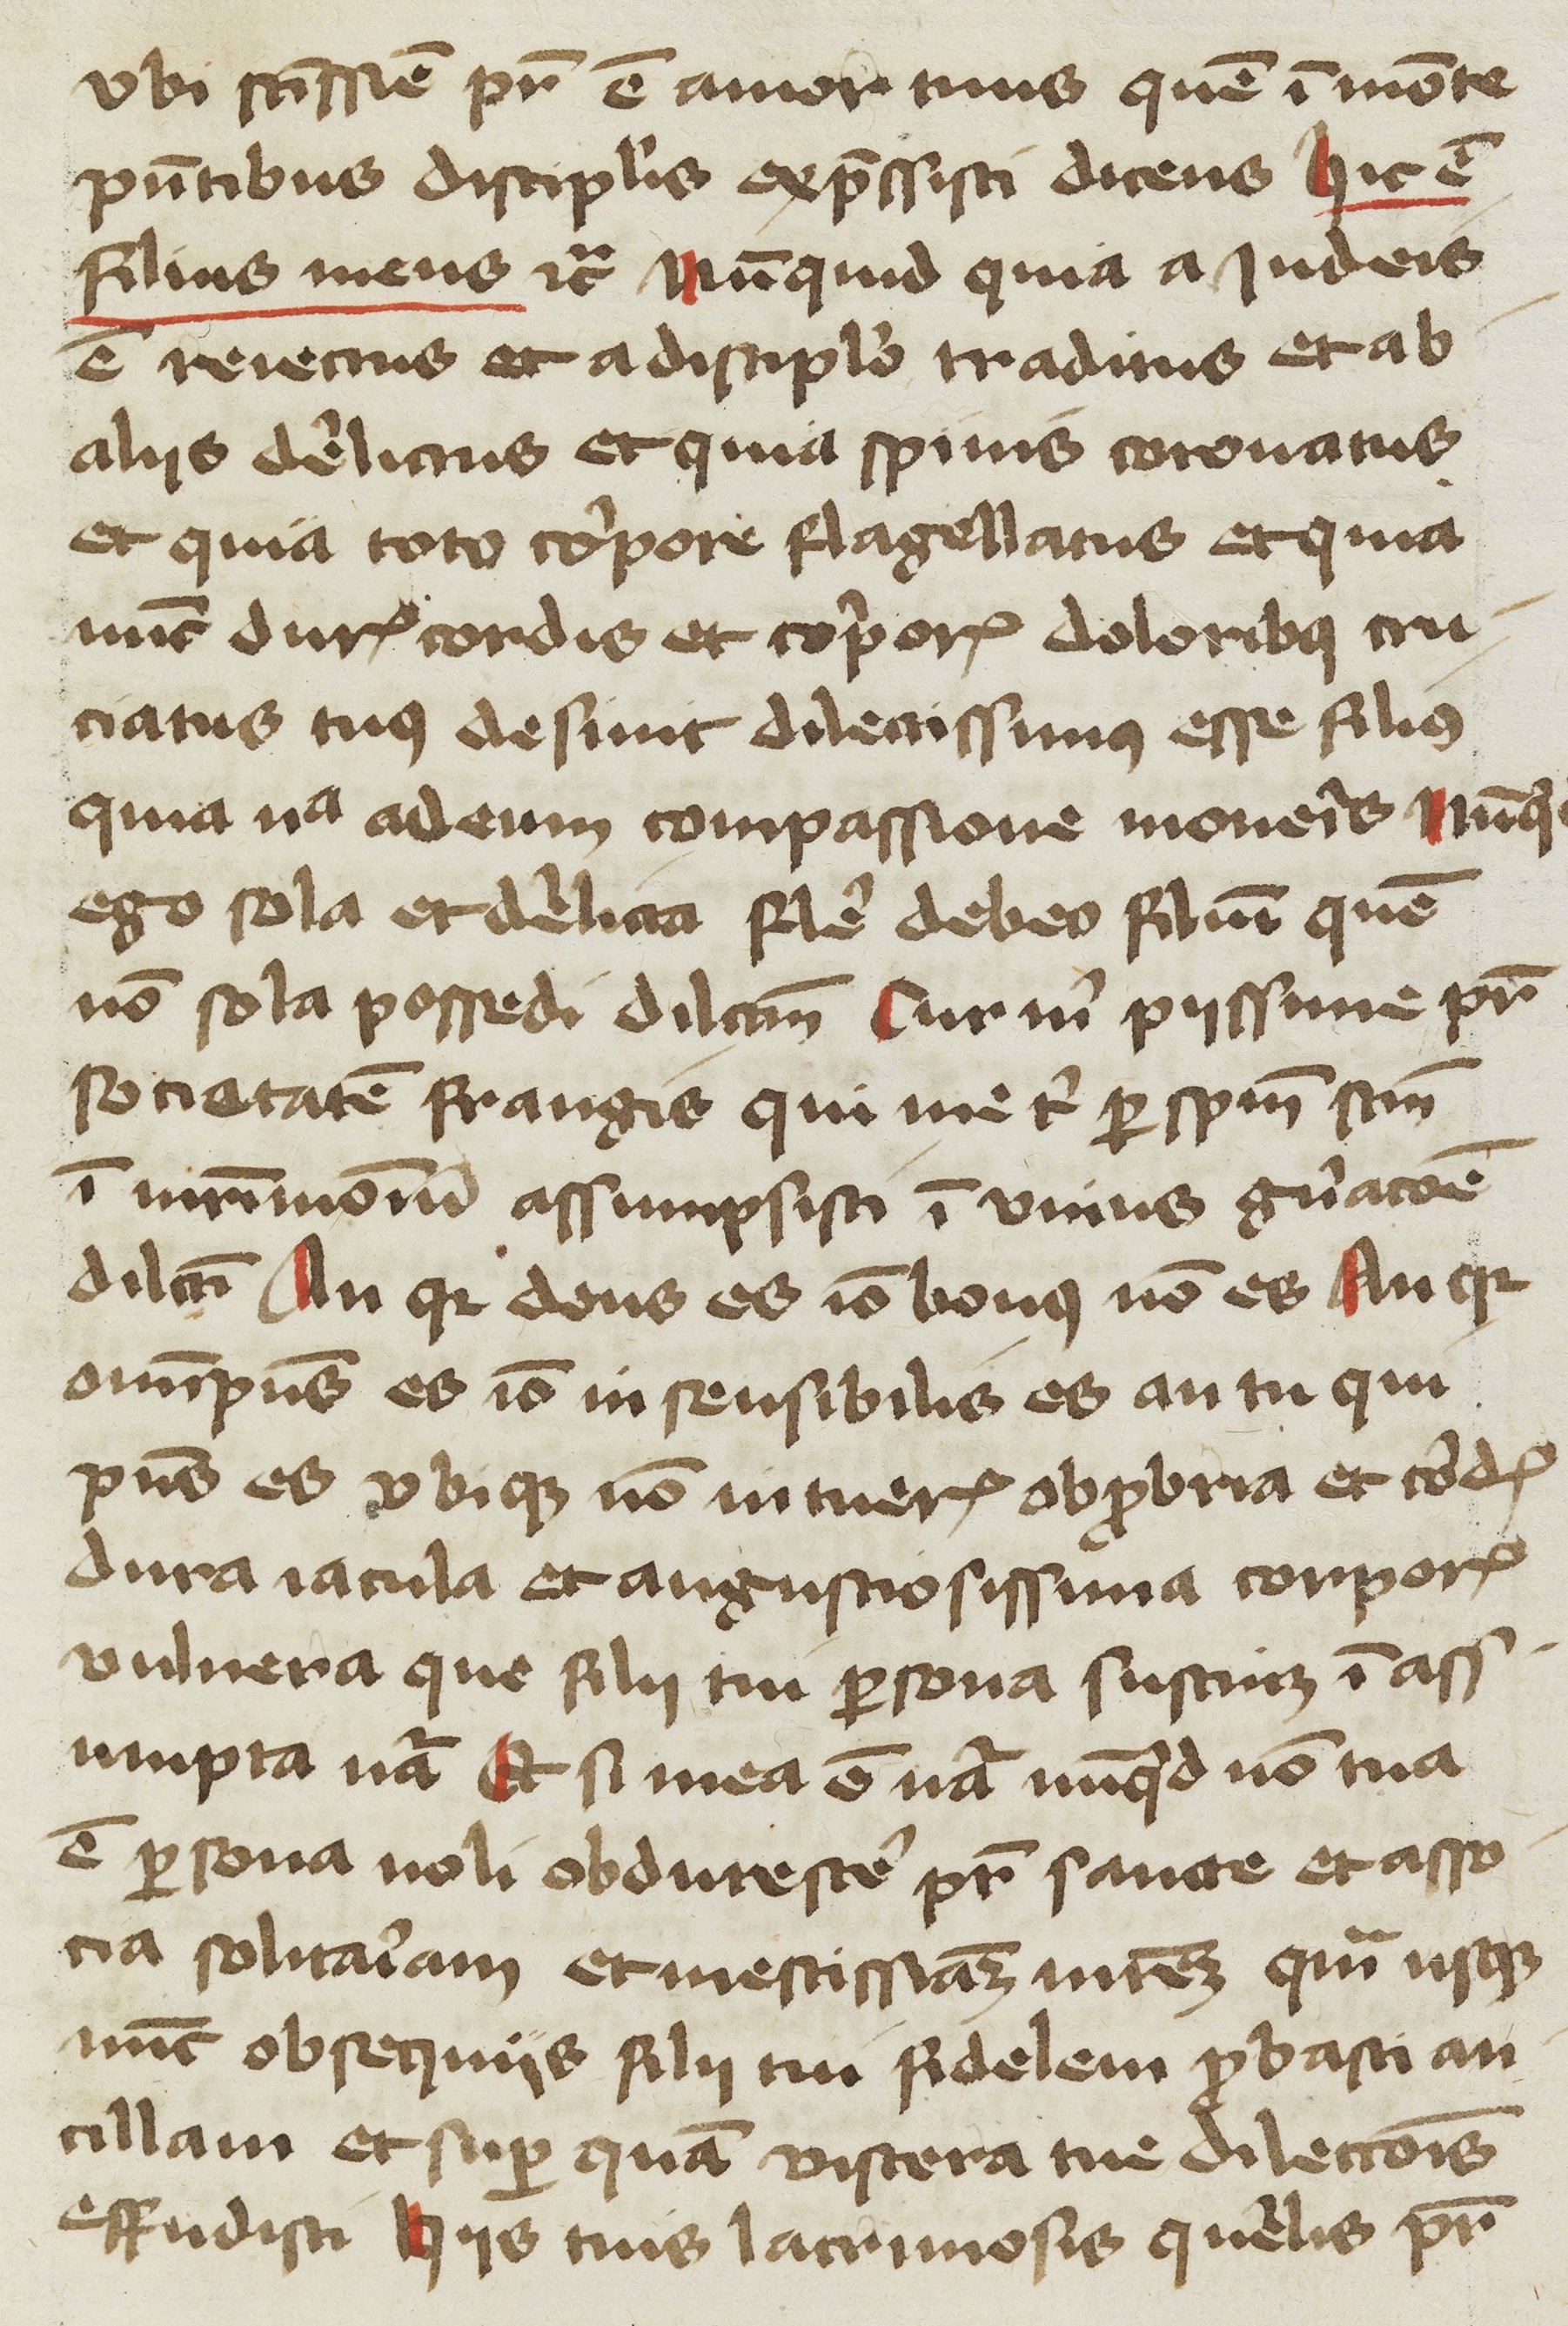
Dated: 1400–1449